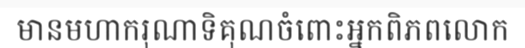
មានមហាករុណាទិគុណចំពោះអ្នកពិភពលោក